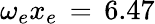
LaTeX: \omega_{e}x_{e}\, =\, 6.47